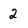
Character: 2